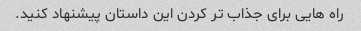
راه هایی برای جذاب تر کردن این داستان پیشنهاد کنید.